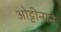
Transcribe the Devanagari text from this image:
ओट्टीनाने